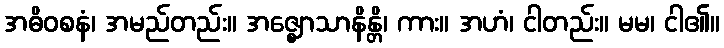
အဓိဝစနံ၊ အမည်တည်း။ အဇ္ဈောသာနိန္တိ၊ ကား။ အဟံ၊ ငါတည်း။ မမ၊ ငါ၏။